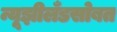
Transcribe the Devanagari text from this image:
न्यूझीलँडसोबत